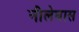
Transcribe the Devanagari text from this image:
नीलेघास